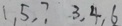
1 , 5 , 7 3 , 4 , 6